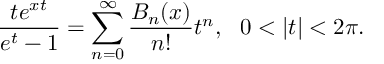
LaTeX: \frac { t e ^ { x t } } { e ^ { t } - 1 } = \sum _ { n = 0 } ^ { \infty } \frac { B _ { n } ( x ) } { n ! } t ^ { n } , \, \, \, \, 0 < | t | < 2 \pi .